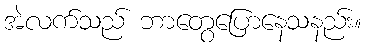
အဲလက်သည် ဘာတွေပြောနေသနည်း။